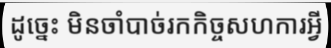
ដូច្នេះ មិនចាំបាច់រកកិច្ចសហការអ្វី